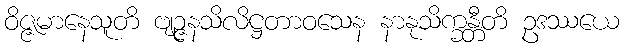
ဝိဇ္ဇမာနေသူတိ ဗျဉ္ဇနသိလိဋ္ဌတာဝသေန နာနုသိက္ခန္တီတိ ဥဒဿယေ